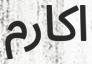
اكارم